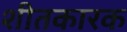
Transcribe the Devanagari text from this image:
शीतकारक